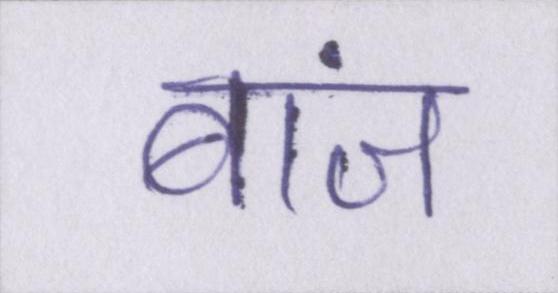
बांज